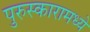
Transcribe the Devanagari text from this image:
पुरुस्कारामध्ये